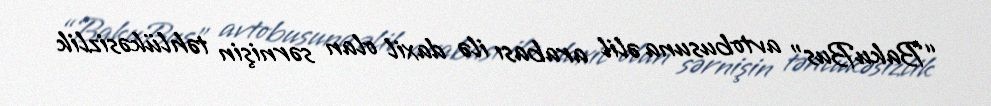
“BakuBus” avtobusuna əlil arabası ilə daxil olan sərnişin təhlükəsizlik